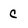
Character: c